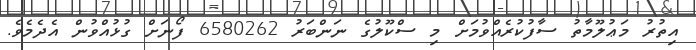
އިތުރު މަޢުލޫމާތު ސާފުކުރެއްވުމަށް މި ސްކޫލުގެ ނަންބަރު 6580262 ފޯނަށް ގުޅުއްވުން އެދެމެވެ.